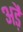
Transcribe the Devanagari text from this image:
अड़ै